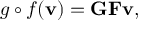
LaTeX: g \circ f ( \mathbf { v } ) = \mathbf { G } \mathbf { F } \mathbf { v } ,